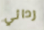
ردائي